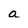
Character: a